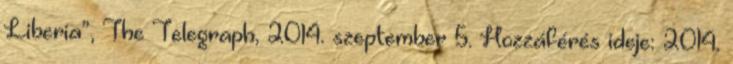
Liberia”, The Telegraph, 2014. szeptember 5. Hozzáférés ideje: 2014.